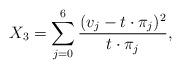
LaTeX: \begin{align*} X_3=\sum_{j=0}^6 \frac{(v_j-t\cdot \pi_j)^2}{t\cdot \pi_j},\end{align*}